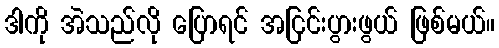
ဒါကို အဲသည်လို ပြောရင် အငြင်းပွားဖွယ် ဖြစ်မယ်။